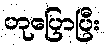
ဟုပြောပြီး